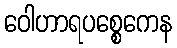
ဝေါဟာရပစ္စေကေန